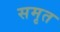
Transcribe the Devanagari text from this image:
समृत